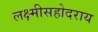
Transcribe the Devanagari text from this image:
लक्ष्मीसहोदराय